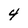
Character: 4